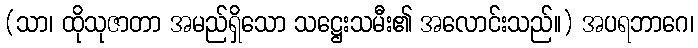
(သာ၊ ထိုသုဇာတာ အမည်ရှိသော သဋ္ဌေးသမီး၏ အလောင်းသည်။) အပရဘာဂေ၊